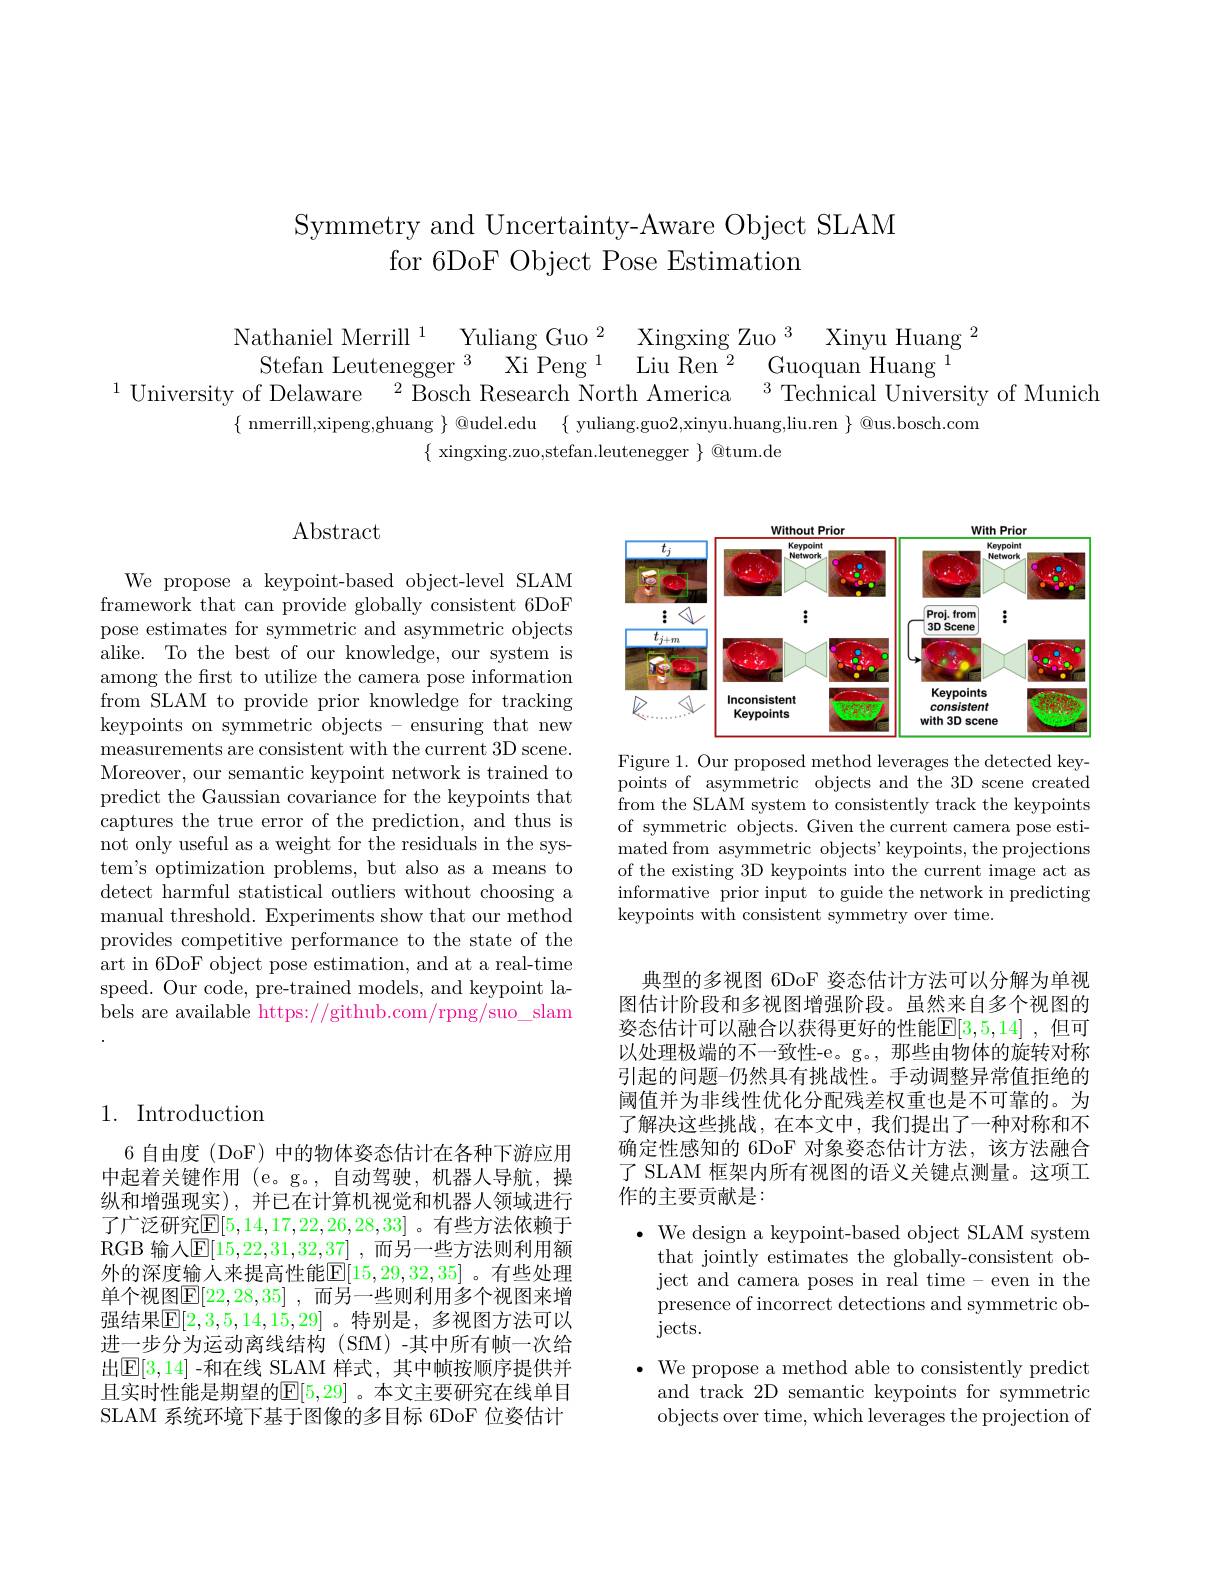
Symmetry and Uncertainty-Aware Object SLAM
for 6DoF Object Pose Estimation

$\begin{array}{cc}\text{Nathaniel Merrill}^{1}&\text{Yuliang Guo}^{2}&\text{Xingxing Zuo}^{3}&\text{Xinyu Huang}^{2}\\\text{Stefan Leutenegger}^{3}&\text{Xi Peng}^{1}&\text{Liu Ren}^{2}&\text{Guoquan Huang}^{1}\\\text{University of Delaware}^{2}&\text{Bosch Research North America}^{3}&\text{Technical University of Munich}\end{array}$
$\{$ nmerrill,xipeng,ghuang $\}$@udel.edu$\{$ yuliang.guo2,xinyu.huang,liu.ren $\}$ @us.bosch.com

$\{$ xingxing.zuo,stefan.leutenegger $\}$ @tum.de

# Abstract

We propose a keypoint-based object-level SLAM framework that can provide globally consistent 6DoF pose estimates for symmetric and asymmetric objects alike. To the best of our knowledge, our system is among the first to utilize the camera pose information from SLAM to provide prior knowledge for tracking keypoints on symmetric objects - ensuring that new measurements are consistent with the current 3D scene. Moreover, our semantic keypoint network is trained to predict the Gaussian covariance for the keypoints that captures the true error of the prediction, and thus is not only useful as a weight for the residuals in the system's optimization problems, but also as a means to detect harmful statistical outliers without choosing a manual threshold. Experiments show that our method provides competitive performance to the state of the $\begin{array}{c}\text{art in 6DoF object pose estimation, and at a real-time}\end{array}$ speed. Our code, pre-trained models, and keypoint labels are available https://github.com/rpng/suo\_slam

## 1. Introduction

6 自由度 (DoF) 中的物体姿态估计在各种下游应用中起着关键作用 (e。g。,自动驾驶，机器人导航，操纵和增强现实),并已在计算机视觉和机器人领域进行了广泛研究$\boxed{\mathrm{E}}[5,14,17,22,26,28,33]$ 。有些方法依赖于RGB 输人$\boxed{\mathrm{E}}[15,22,31,32,37]$ ,而另一些方法则利用额外的深度输入来提高性能$\mathbb{E}[15,29,32,35]$ 。有些处理单个视图$\mathbb{E} [ 22, 28, 35]$ ,而另一些则利用多个视图来增强结果$\mathbb{E}[2,3,5,14,15,29]$。特别是，多视图方法可以进一步分为运动离线结构(SfM)-其中所有帧一次给出$\mathbb{E}[3,14]$ -和在线 SLAM 样式，其中帧按顺序提供并且实时性能是期望的$\mathbb{E}|5,29|$ 。本文主要研究在线单目SLAM 系统环境下基于图像的多目标 6DoF 位姿估计

<FigureHere>

Figure 1. Our proposed method leverages the detected keypoints of asymmetric objects and the 3D scene created from the SLAM system to consistently track the keypoints of symmetric objects. Given the current camera pose estimated from asymmetric objects' keypoints, the projections of the existing 3D keypoints into the current image act as informative prior input to guide the network in predicting keypoints with consistent symmetry over time.

典型的多视图 6DoF 姿态估计方法可以分解为单视图估计阶段和多视图增强阶段。虽然来自多个视图的姿态估计可以融合以获得更好的性能$\mathbb{E}[3,5,14]$ ,但可以处理极端的不一致性-e。g。, 那些由物体的旋转对称引起的问题-仍然具有挑战性。手动调整异常值拒绝的阈值并为非线性优化分配残差权重也是不可靠的。为了解决这些挑战，在本文中，我们提出了一种对称和不确定性感知的 6DoF 对象姿态估计方法，该方法融合了 SLAM 框架内所有视图的语义关键点测量。这项工作的主要贡献是：

$\bullet$ We design a keypoint-based object SLAM system

that jointly estimates the globally-consistent ob-

ject and camera poses in real time - even in the

presence of incorrect detections and symmetric ob-

jects.

$\bullet$ We propose a method able to consistently predict

and track 2D semantic keypoints for symmetric

objects over time, which leverages the projection of